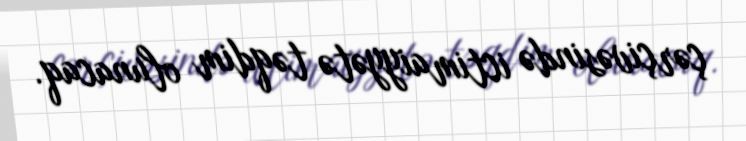
çərçivəsində ictimaiyyətə təqdim olunacaq.